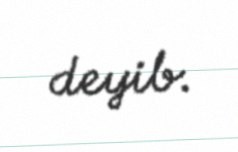
deyib.